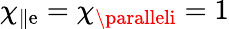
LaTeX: \chi_{\parallel\mathrm{e}}=\chi_{\paralleli}=1